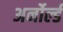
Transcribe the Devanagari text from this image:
अर्नोर्ल्ड